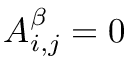
A _ { i , j } ^ { \beta } = 0